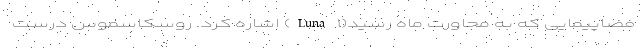
فضاپیمایی که به مجاورت ماه رسید(Luna ۱) اشاره کرد. روسکاسموس درست